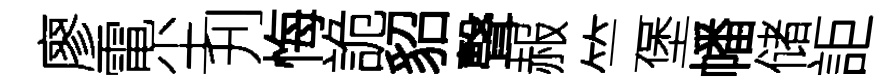
廖電尘刋悔詭貂聲赧竺堡幡储詎